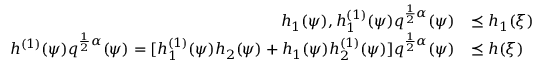
\begin{array} { r l } { h _ { 1 } ( \psi ) , h _ { 1 } ^ { ( 1 ) } ( \psi ) q ^ { \frac { 1 } { 2 } \alpha } ( \psi ) } & { \preceq h _ { 1 } ( \xi ) } \\ { h ^ { ( 1 ) } ( \psi ) q ^ { \frac { 1 } { 2 } \alpha } ( \psi ) = [ h _ { 1 } ^ { ( 1 ) } ( \psi ) h _ { 2 } ( \psi ) + h _ { 1 } ( \psi ) h _ { 2 } ^ { ( 1 ) } ( \psi ) ] q ^ { \frac { 1 } { 2 } \alpha } ( \psi ) } & { \preceq h ( \xi ) } \end{array}